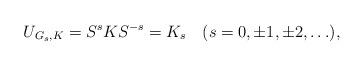
LaTeX: \begin{align*}U_{G_s,K}=S^{s}K S^{-s}=K_s\quad(s=0,\pm 1,\pm 2,\ldots),\end{align*}